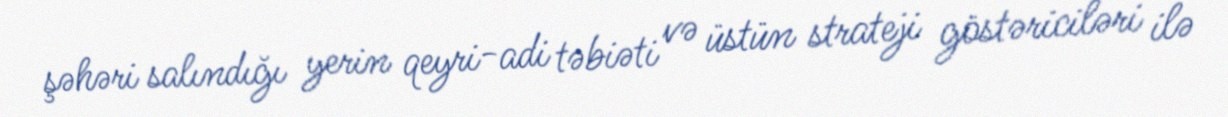
şəhəri salındığı yerin qeyri-adi təbiəti və üstün strateji göstəriciləri ilə